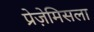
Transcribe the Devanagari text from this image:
प्रेज़ेमिसला